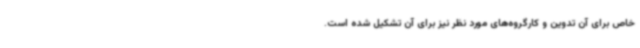
خاص برای آن تدوین و کارگروه‌های مورد نظر نیز برای آن تشکیل شده است.